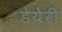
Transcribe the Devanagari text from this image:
डेयेरी